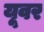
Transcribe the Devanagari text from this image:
यूवर